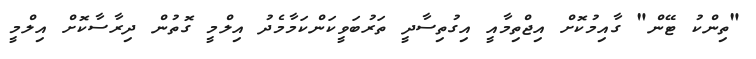
"ތިންކު ޓޭން" ގާއިމުކޮށް އިޖްތިމާއީ އިގުތިސާދީ ތަރުބަވީކަންކަމާމެދު އިލްމީ ގޮތުން ދިރާސާކޮށް އިލްމީ